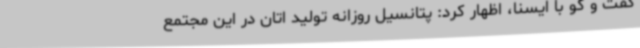
گفت و گو با ایسنا، اظهار کرد: پتانسیل روزانه تولید اتان در این مجتمع